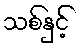
သစ်နှင့်